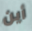
أين